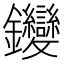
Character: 𨰺